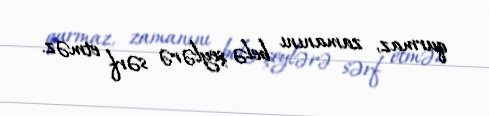
qurmaz, zamanını belə şeylərə sərf etməz.